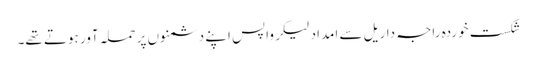
شکست خوردہ راجہ داریل سے امداد لیکر واپس اپنے دشمنوں پر حملہ آور ہوتے تھے۔